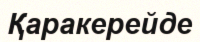
Қаракерейде